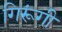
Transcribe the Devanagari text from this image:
गिरूंगी